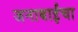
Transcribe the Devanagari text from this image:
जनाबाईंचा